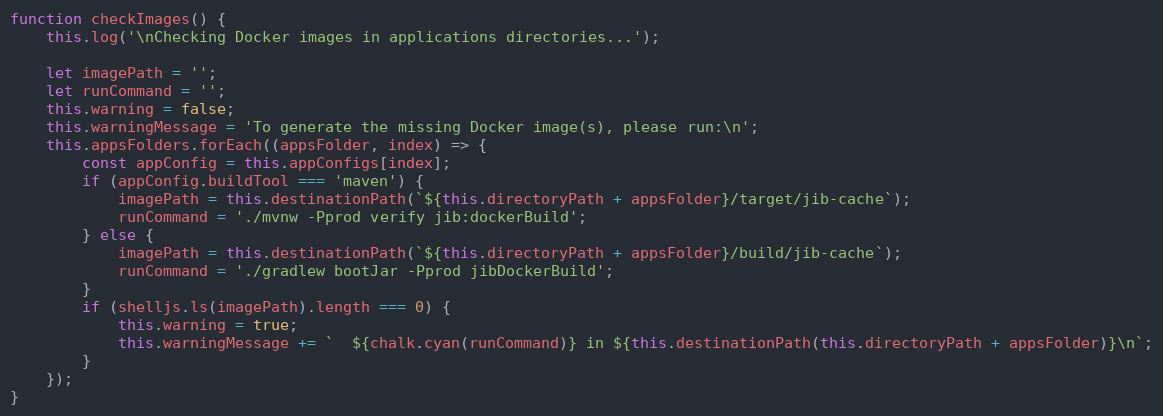
Language: JavaScript
function checkImages() {
    this.log('\nChecking Docker images in applications directories...');

    let imagePath = '';
    let runCommand = '';
    this.warning = false;
    this.warningMessage = 'To generate the missing Docker image(s), please run:\n';
    this.appsFolders.forEach((appsFolder, index) => {
        const appConfig = this.appConfigs[index];
        if (appConfig.buildTool === 'maven') {
            imagePath = this.destinationPath(`${this.directoryPath + appsFolder}/target/jib-cache`);
            runCommand = './mvnw -Pprod verify jib:dockerBuild';
        } else {
            imagePath = this.destinationPath(`${this.directoryPath + appsFolder}/build/jib-cache`);
            runCommand = './gradlew bootJar -Pprod jibDockerBuild';
        }
        if (shelljs.ls(imagePath).length === 0) {
            this.warning = true;
            this.warningMessage += `  ${chalk.cyan(runCommand)} in ${this.destinationPath(this.directoryPath + appsFolder)}\n`;
        }
    });
}